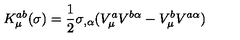
K _ { \mu } ^ { a b } ( \sigma ) = \frac { 1 } { 2 } \sigma _ { , \alpha } ( V _ { \mu } ^ { a } V ^ { b \alpha } - V _ { \mu } ^ { b } V ^ { a \alpha } )